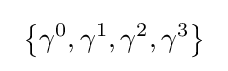
\ \left\{\gamma ^{0},\gamma ^{1},\gamma ^{2},\gamma ^{3}\right\}\